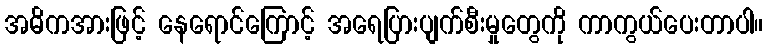
အဓိကအားဖြင့် နေရောင်ကြောင့် အရေပြားပျက်စီးမှုတွေကို ကာကွယ်ပေးတာပါ။